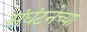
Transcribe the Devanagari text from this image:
संघंटनेच्या